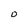
Character: 0